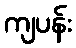
ကျပန်း